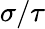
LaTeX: \sigma/\tau